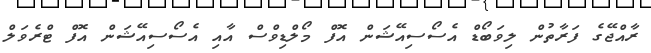
ރާއްޖޭގެ ފަރާތުން ލިވަބޯޑް އެސޯސިއޭޝަން އޮފް މޯލްޑިވްސް އާއި އެސޯސިއޭޝަން އޮފް ޓްރެވަލް